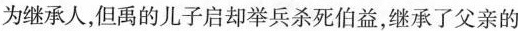
为继承人，但禹的儿子启却举兵杀死伯益，继承了父亲的